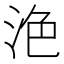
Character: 𣴊